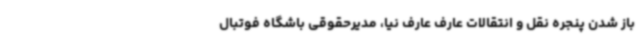
باز شدن پنجره نقل و انتقالات عارف عارف نیا، مدیرحقوقی باشگاه فوتبال